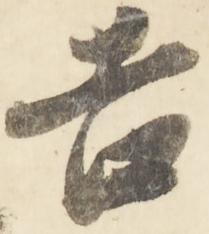
吉